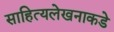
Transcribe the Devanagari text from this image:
साहित्यलेखनाकडे